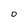
Character: O